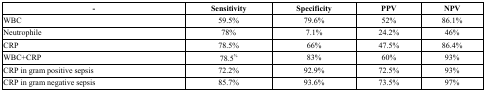
<table><thead><tr><td><b>-</b></td><td><b>Sensitivity</b></td><td><b>Specificity</b></td><td><b>PPV</b></td><td><b>NPV</b></td></tr></thead><tbody><tr><td>WBC</td><td>59.5%</td><td>79.6%</td><td>52%</td><td>86.1%</td></tr><tr><td>Neutrophile</td><td>78%</td><td>7.1%</td><td>24.2%</td><td>46%</td></tr><tr><td>CRP</td><td>78.5%</td><td>66%</td><td>47.5%</td><td>86.4%</td></tr><tr><td>WBC+CRP</td><td>78.5<sup>%</sup></td><td>83%</td><td>60%</td><td>93%</td></tr><tr><td>CRP in gram positive sepsis</td><td>72.2%</td><td>92.9%</td><td>72.5%</td><td>93%</td></tr><tr><td>CRP in gram negative sepsis</td><td>85.7%</td><td>93.6%</td><td>73.5%</td><td>97%</td></tr></tbody></table>